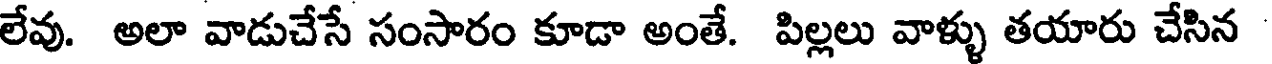
లేవు. అలా వాడుచేసే సంసారం కూడా అంతే. పిల్లలు వాళ్ళు తయారు చేసిన